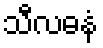
သီလဓနံ